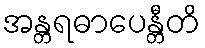
အန္တရဓာပေန္တီတိ